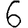
Digit: 6